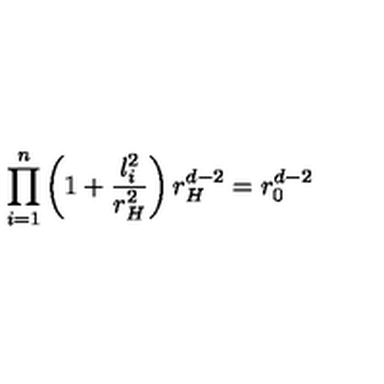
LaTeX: \prod _ { i = 1 } ^ { n } \left( 1 + \frac { l _ { i } ^ { 2 } } { r _ { H } ^ { 2 } } \right) r _ { H } ^ { d - 2 } = r _ { 0 } ^ { d - 2 }